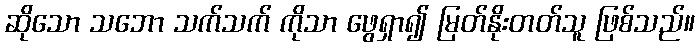
ဆိုသော သဘော သက်သက် ကိုသာ ဖွေရှာ၍ မြတ်နိုးတတ်သူ ဖြစ်သည်။